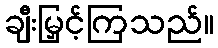
ချီးမြှင့်ကြသည်။